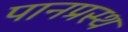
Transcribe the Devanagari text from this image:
पानप्रस्थ